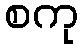
စကု